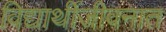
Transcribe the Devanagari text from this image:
विद्यार्थीजीवनात